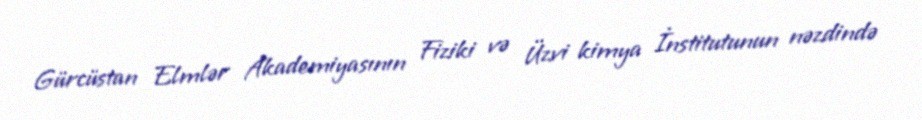
Gürcüstan Elmlər Akademiyasının Fiziki və Üzvi kimya İnstitutunun nəzdində